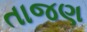
તાજણ